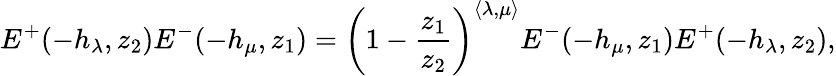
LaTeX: E^{+}(-h_{\lambda},z_{2})E^{-}(-h_{\mu},z_{1})=\left(1-\frac{z_{1}}{z_{2}}\right)^{\langle\lambda,\mu\rangle}E^{-}(-h_{\mu},z_{1})E^{+}(-h_{\lambda},z_{2}),